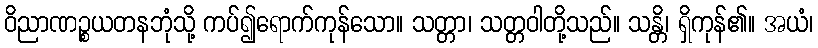
ဝိညာဏဉ္စယတနဘုံသို့ ကပ်၍ရောက်ကုန်သော။ သတ္တာ၊ သတ္တဝါတို့သည်။ သန္တိ၊ ရှိကုန်၏။ အယံ၊